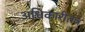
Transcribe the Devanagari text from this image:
अधिकारीतंत्र